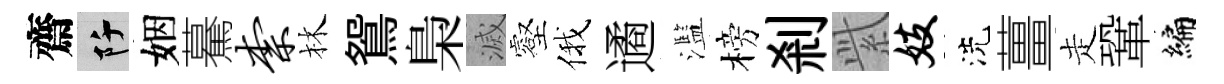
齋阡姻驀柰林鴛梟滅壑俄遹濫榜剎𬗋妓洗薑走鞏編